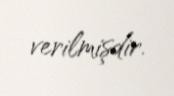
verilmişdir.